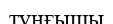
тұңғышы